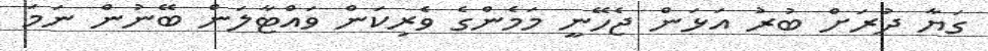
ގަޔާ ދުރަށް ބުރު އަޅަން ޖެހޭނީ މަމެންގެ ވެރިކަން ވައްޓާލަން ބޭނުން ނަމަ